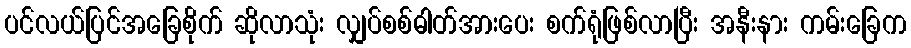
ပင်လယ်ပြင်အခြေစိုက် ဆိုလာသုံး လျှပ်စစ်ဓါတ်အားပေး စက်ရုံဖြစ်လာပြီး အနီးနား ကမ်းခြေက